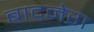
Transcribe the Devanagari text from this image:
बादनेरा